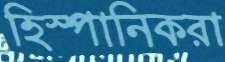
হিস্পানিকরা